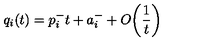
q _ { i } ( t ) = p _ { i } ^ { - } t + a _ { i } ^ { - } + O \biggl ( \frac { 1 } { t } \biggr )